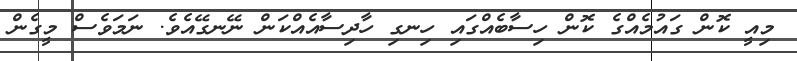
މިއީ ކޮން ގައުމެއްގެ ކޮން ހިސާބެއްގައި ހިނގި ހާދިސާއެއްކަން ނޭނގޭއެވެ. ނަމަވެސް މީގެން